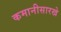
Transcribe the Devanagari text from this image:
कमानीसारखे